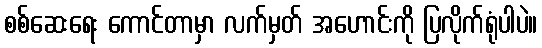
စစ်ဆေးရေး ကောင်တာမှာ လက်မှတ် အဟောင်းကို ပြလိုက်ရုံပါပဲ။